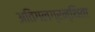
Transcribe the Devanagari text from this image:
अतिगलग्रन्थिता